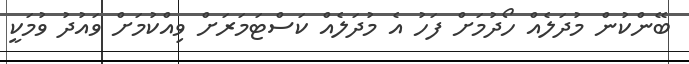
ބޭންކުން މުދަލެއް ހޯދުމަށް ފަހު އެ މުދަލެއް ކަސްޓަމަރަށް ވިއްކުމަށް ވައުދު ވުމަކީ